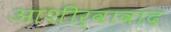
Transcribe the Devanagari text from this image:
आशीर्वावाद